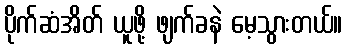
ပိုက်ဆံအိတ် ယူဖို့ ဖျက်ခနဲ မေ့သွားတယ်။